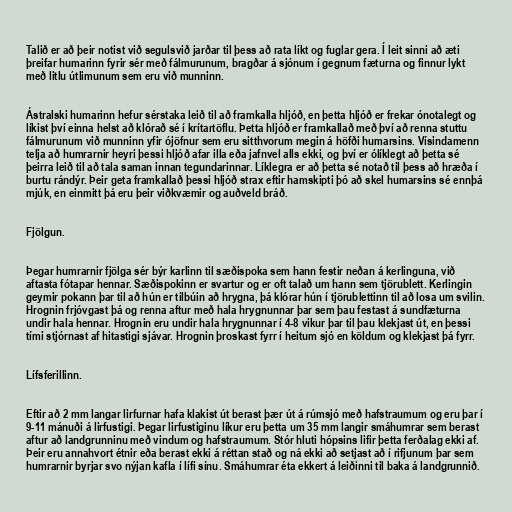
Talið er að þeir notist við segulsvið jarðar til þess að rata líkt og fuglar gera. Í leit sinni að æti
þreifar humarinn fyrir sér með fálmurunum, bragðar á sjónum í gegnum fæturna og finnur lykt
með litlu útlimunum sem eru við munninn.

Ástralski humarinn hefur sérstaka leið til að framkalla hljóð, en þetta hljóð er frekar ónotalegt og
líkist því einna helst að klórað sé í krítartöflu. Þetta hljóð er framkallað með því að renna stuttu
fálmurunum við munninn yfir ójöfnur sem eru sitthvorum megin á höfði humarsins. Vísindamenn
telja að humrarnir heyri þessi hljóð afar illa eða jafnvel alls ekki, og því er ólíklegt að þetta sé
þeirra leið til að tala saman innan tegundarinnar. Líklegra er að þetta sé notað til þess að hræða í
burtu rándýr. Þeir geta framkallað þessi hljóð strax eftir hamskipti þó að skel humarsins sé ennþá
mjúk, en einmitt þá eru þeir viðkvæmir og auðveld bráð.

Fjölgun.

Þegar humrarnir fjölga sér býr karlinn til sæðispoka sem hann festir neðan á kerlinguna, við
aftasta fótapar hennar. Sæðispokinn er svartur og er oft talað um hann sem tjörublett. Kerlingin
geymir pokann þar til að hún er tilbúin að hrygna, þá klórar hún í tjörublettinn til að losa um svilin.
Hrognin frjóvgast þá og renna aftur með hala hrygnunnar þar sem þau festast á sundfæturna
undir hala hennar. Hrognin eru undir hala hrygnunnar í 4-8 vikur þar til þau klekjast út, en þessi
tími stjórnast af hitastigi sjávar. Hrognin þroskast fyrr í heitum sjó en köldum og klekjast þá fyrr.

Lífsferillinn.

Eftir að 2 mm langar lirfurnar hafa klakist út berast þær út á rúmsjó með hafstraumum og eru þar í
9-11 mánuði á lirfustigi. Þegar lirfustiginu líkur eru þetta um 35 mm langir smáhumrar sem berast
aftur að landgrunninu með vindum og hafstraumum. Stór hluti hópsins lifir þetta ferðalag ekki af.
Þeir eru annahvort étnir eða berast ekki á réttan stað og ná ekki að setjast að í rifjunum þar sem
humrarnir byrjar svo nýjan kafla í lífi sínu. Smáhumrar éta ekkert á leiðinni til baka á landgrunnið.